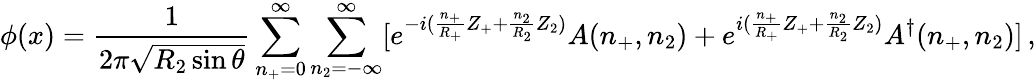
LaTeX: \phi(x)=\frac{1}{2\pi\sqrt{R_{2}\sin\theta}}\sum_{n_{+}=0}^{\infty}\sum_{n_{2}=-\infty}^{\infty}[e^{-i(\frac{n_{+}}{R_{+}}Z_{+}+\frac{n_{2}}{R_{2}}Z_{2})}A(n_{+},n_{2})+e^{i(\frac{n_{+}}{R_{+}}Z_{+}+\frac{n_{2}}{R_{2}}Z_{2})}A^{\dagger}(n_{+},n_{2}){]}\, ,